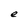
Character: e